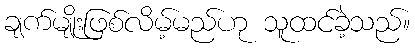
ချက်မျိုးဖြစ်လိမ့်မည်ဟု သူထင်ခဲ့သည်။